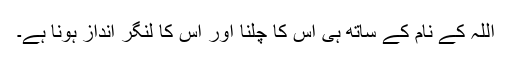
اللہ کے نام کے ساتھ ہی اس کا چلنا اور اس کا لنگر انداز ہونا ہے۔